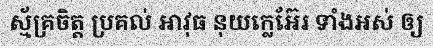
ស្ម័គ្រចិត្ត ប្រគល់ អាវុធ នុយក្លេអ៊ែរ ទាំងអស់ ឲ្យ